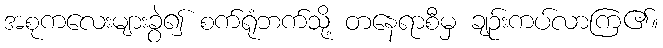
အစုကလေးများခွဲ၍ စက်ရုံဘက်သို့ တနေရာစီမှ ချဉ်းကပ်လာကြ၏။